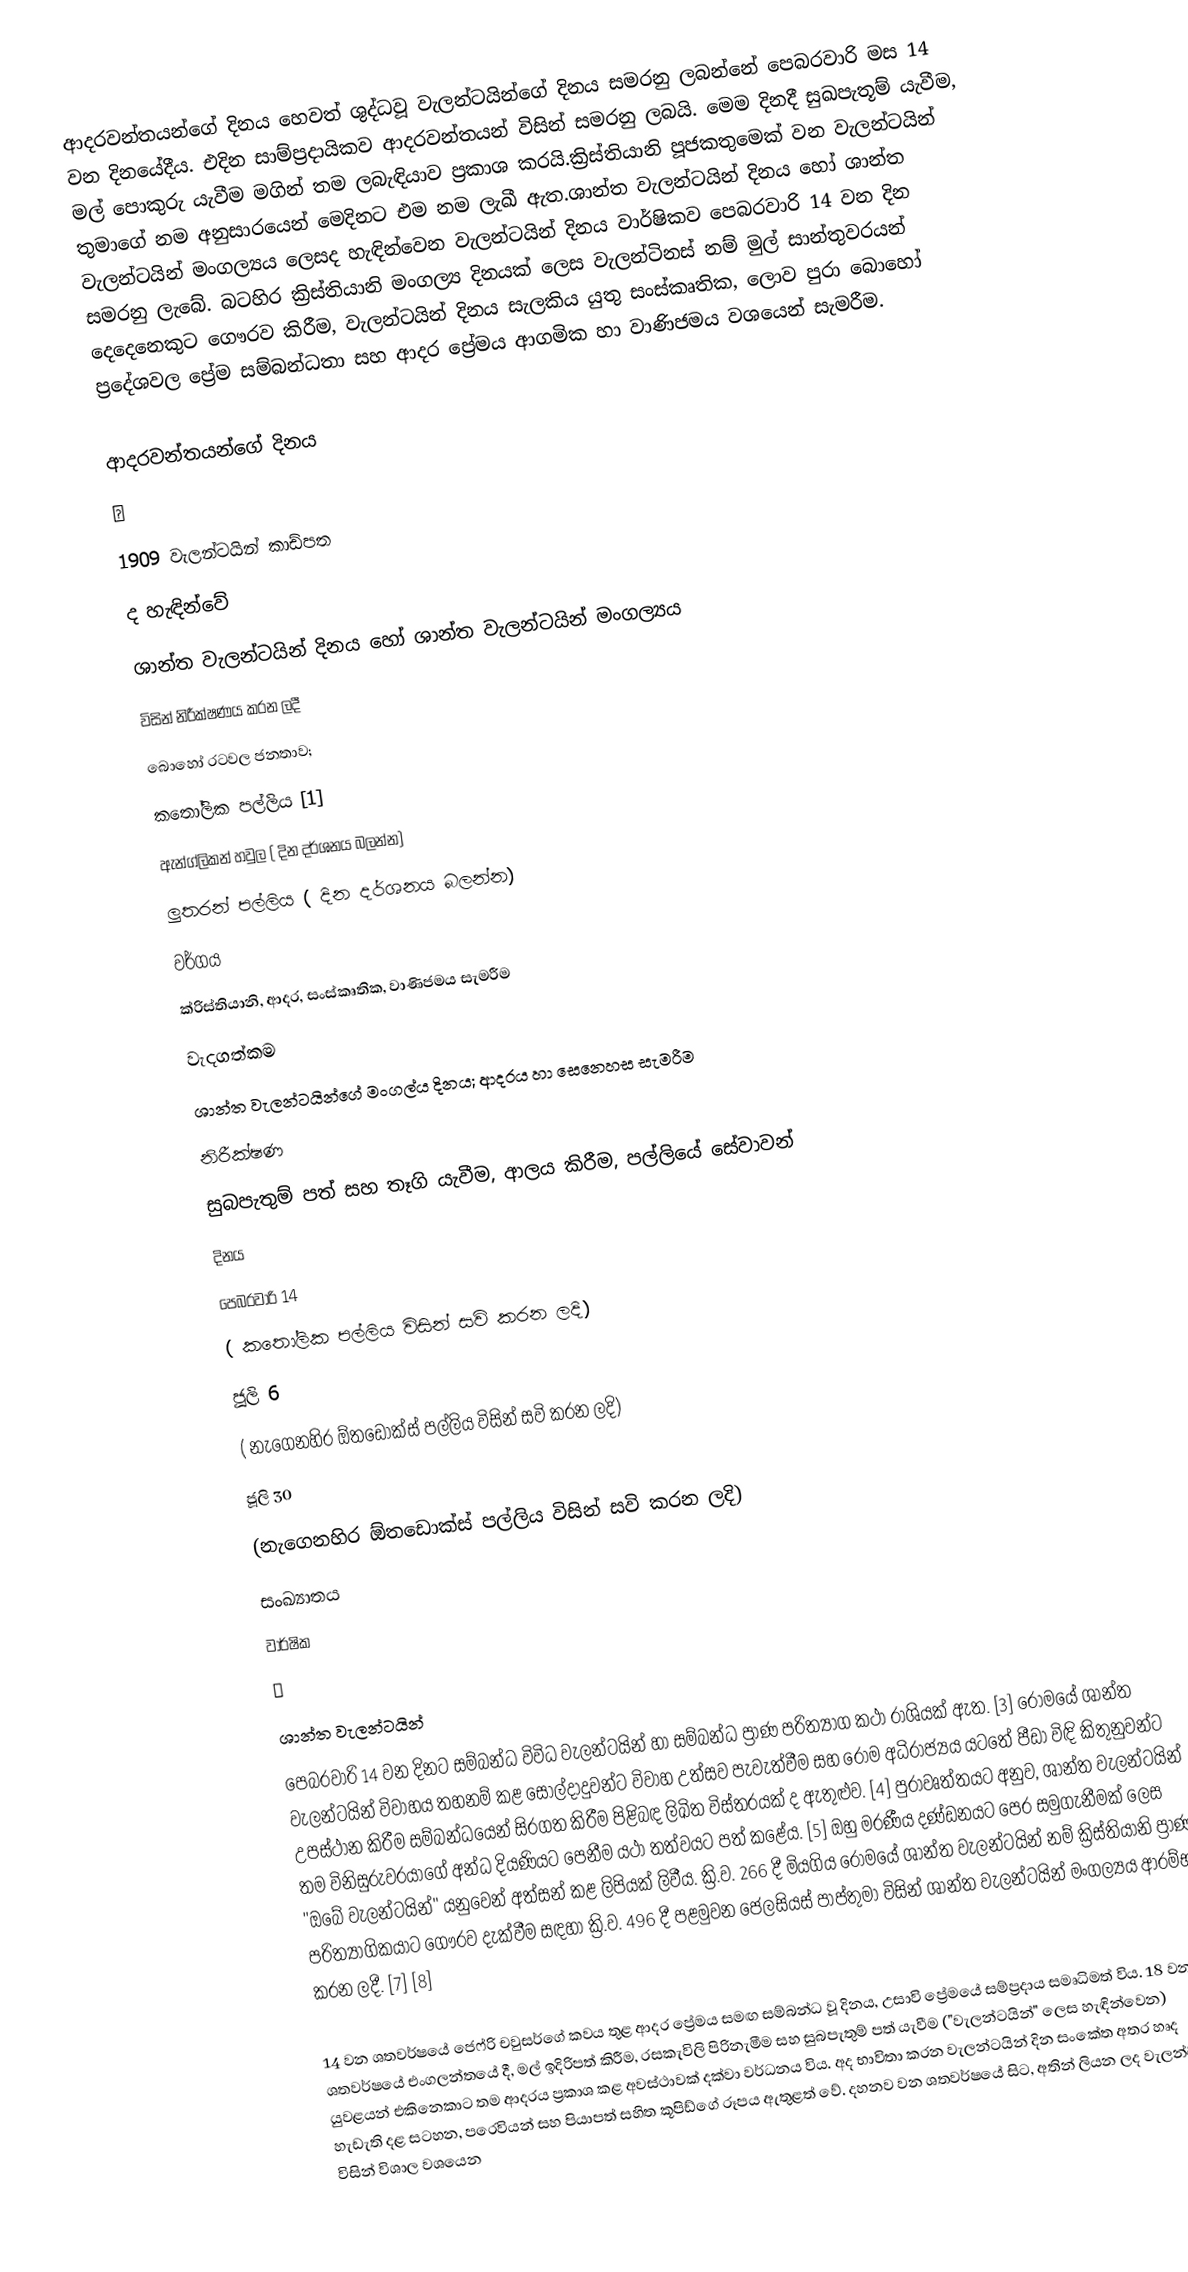
ආදරවන්තයන්ගේ දිනය හෙවත් ශුද්ධවූ වැලන්ටයින්ගේ දිනය සමරනු ලබන්නේ පෙබරවාරි මස 14 වන දිනයේදීය. එදින සාම්ප්‍රදායිකව ආදරවන්තයන් විසින් සමරනු ලබයි. මෙම දිනදී සුඛපැතූම් යැවීම, මල් පොකුරු යැවීම මගින් තම ලබැඳියාව ප්‍රකාශ කරයි.ක්‍රිස්තියානි පූජකතුමෙක් වන වැලන්ටයින් තුමාගේ නම අනුසාරයෙන් මෙදිනට එම නම ලැඛී ඇත.ශාන්ත වැලන්ටයින් දිනය හෝ ශාන්ත වැලන්ටයින් මංගල්‍යය ලෙසද හැඳින්වෙන වැලන්ටයින් දිනය වාර්ෂිකව පෙබරවාරි 14 වන දින සමරනු ලැබේ. බටහිර ක්‍රිස්තියානි මංගල්‍ය දිනයක් ලෙස වැලන්ටිනස් නම් මුල් සාන්තුවරයන් දෙදෙනෙකුට ගෞරව කිරීම, වැලන්ටයින් දිනය සැලකිය යුතු සංස්කෘතික, ලොව පුරා බොහෝ ප්‍රදේශවල ප්‍රේම සම්බන්ධතා සහ ආදර ප්‍රේමය ආගමික හා වාණිජමය වශයෙන් සැමරීම.

ආදරවන්තයන්ගේ දිනය
￼
1909 වැලන්ටයින් කාඩ්පත
ද හැඳින්වේ
ශාන්ත වැලන්ටයින් දිනය හෝ ශාන්ත වැලන්ටයින් මංගල්‍යය
විසින් නිරීක්ෂණය කරන ලදී
බොහෝ රටවල ජනතාව;
කතෝලික පල්ලිය [1]
ඇන්ග්ලිකන් හවුල ( දින දර්ශනය බලන්න)
ලුතරන් පල්ලිය ( දින දර්ශනය බලන්න)
වර්ගය
ක්රිස්තියානි, ආදර, සංස්කෘතික, වාණිජමය සැමරීම
වැදගත්කම
ශාන්ත වැලන්ටයින්ගේ මංගල්ය දිනය; ආදරය හා සෙනෙහස සැමරීම
නිරීක්ෂණ
සුබපැතුම් පත් සහ තෑගි යැවීම, ආලය කිරීම, පල්ලියේ සේවාවන්
දිනය
පෙබරවාරි 14
( කතෝලික පල්ලිය විසින් සවි කරන ලදි)
ජූලි 6
( නැගෙනහිර ඕතඩොක්ස් පල්ලිය විසින් සවි කරන ලදි)
ජූලි 30
(නැගෙනහිර ඕතඩොක්ස් පල්ලිය විසින් සවි කරන ලදි)
සංඛ්‍යාතය
වාර්ෂික
￼
ශාන්ත වැලන්ටයින්
පෙබරවාරි 14 වන දිනට සම්බන්ධ විවිධ වැලන්ටයින් හා සම්බන්ධ ප්‍රාණ පරිත්‍යාග කථා රාශියක් ඇත. [3] රෝමයේ ශාන්ත වැලන්ටයින් විවාහය තහනම් කළ සොල්දාදුවන්ට විවාහ උත්සව පැවැත්වීම සහ රෝම අධිරාජ්‍යය යටතේ පීඩා විඳි කිතුනුවන්ට උපස්ථාන කිරීම සම්බන්ධයෙන් සිරගත කිරීම පිළිබඳ ලිඛිත විස්තරයක් ද ඇතුළුව. [4] පුරාවෘත්තයට අනුව, ශාන්ත වැලන්ටයින් තම විනිසුරුවරයාගේ අන්ධ දියණියට පෙනීම යථා තත්වයට පත් කළේය. [5] ඔහු මරණීය දණ්ඩනයට පෙර සමුගැනීමක් ලෙස "ඔබේ වැලන්ටයින්" යනුවෙන් අත්සන් කළ ලිපියක් ලිවීය. ක්‍රි.ව. 266 දී මියගිය රෝමයේ ශාන්ත වැලන්ටයින් නම් ක්‍රිස්තියානි ප්‍රාණ පරිත්‍යාගිකයාට ගෞරව දැක්වීම සඳහා ක්‍රි.ව. 496 දී පළමුවන ජෙලසියස් පාප්තුමා විසින් ශාන්ත වැලන්ටයින් මංගල්‍යය ආරම්භ කරන ලදී. [7] [8]

14 වන ශතවර්ෂයේ ජෙෆ්රි චවුසර්ගේ කවය තුළ ආදර ප්‍රේමය සමඟ සම්බන්ධ වූ දිනය, උසාවි ප්‍රේමයේ සම්ප්‍රදාය සමෘධිමත් විය. 18 වන ශතවර්ෂයේ එංගලන්තයේ දී, මල් ඉදිරිපත් කිරීම, රසකැවිලි පිරිනැමීම සහ සුබපැතුම් පත් යැවීම ("වැලන්ටයින්" ලෙස හැඳින්වෙන) යුවළයන් එකිනෙකාට තම ආදරය ප්‍රකාශ කළ අවස්ථාවක් දක්වා වර්ධනය විය. අද භාවිතා කරන වැලන්ටයින් දින සංකේත අතර හෘද හැඩැති දළ සටහන, පරෙවියන් සහ පියාපත් සහිත කූපිඩ්ගේ රූපය ඇතුළත් වේ. දහනව වන ශතවර්ෂයේ සිට, අතින් ලියන ලද වැලන්ටයින් විසින් විශාල වශයෙන